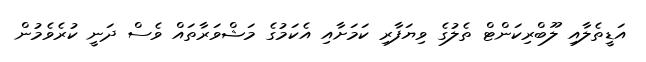
އަޑީތެލާއި ލޫބްރިކަންޓް ތެލުގެ ވިޔަފާރި ކަމަށާއި އެކަމުގެ މަޝްވަރާތައް ވެސް ދަނީ ކުރެވެމުން